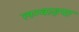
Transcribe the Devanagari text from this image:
लम्बाइया